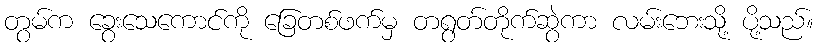
တွမ်က ခွေးသေကောင်ကို ခြေတစ်ဖက်မှ တရွတ်တိုက်ဆွဲကာ လမ်းဘေးသို့ ပို့သည်။